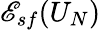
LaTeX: {\mathscr E}_{sf}(U_{N})